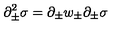
\partial _ { \pm } ^ { 2 } \sigma = \partial _ { \pm } w _ { \pm } \partial _ { \pm } \sigma